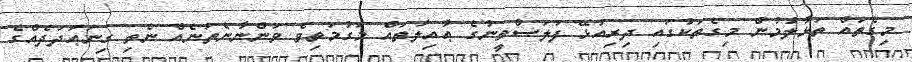
މިގެތައް ތަޅާލުމުން މިގެތަކުގައި ދިރިއުޅޭ ފަލަސްތީނުގެ ޢާއިލާތައް މަގުމަތިވެ ވަންނާނެތަނެއް ނެތި ގިނަޢަދަދެއްގެ